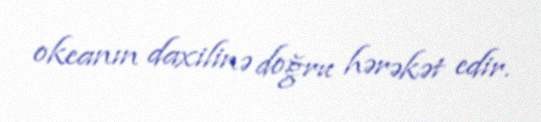
okeanın daxilinə doğru hərəkət edir.